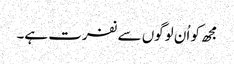
مجھ کو اُن لوگوں سے نفرت ہے۔